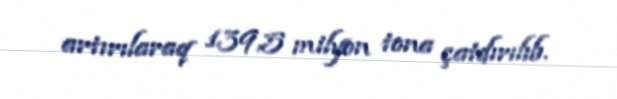
artırılaraq 139,5 milyon tona çatdırılıb.